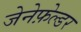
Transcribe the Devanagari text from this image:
जेनेफ़ेल्डर